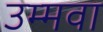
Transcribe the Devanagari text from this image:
उम्मवा